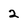
Character: 2